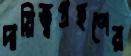
দায়িত্বগ্রহণের